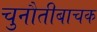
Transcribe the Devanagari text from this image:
चुनौतीबाचक